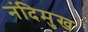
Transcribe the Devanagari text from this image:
नंदिमुख